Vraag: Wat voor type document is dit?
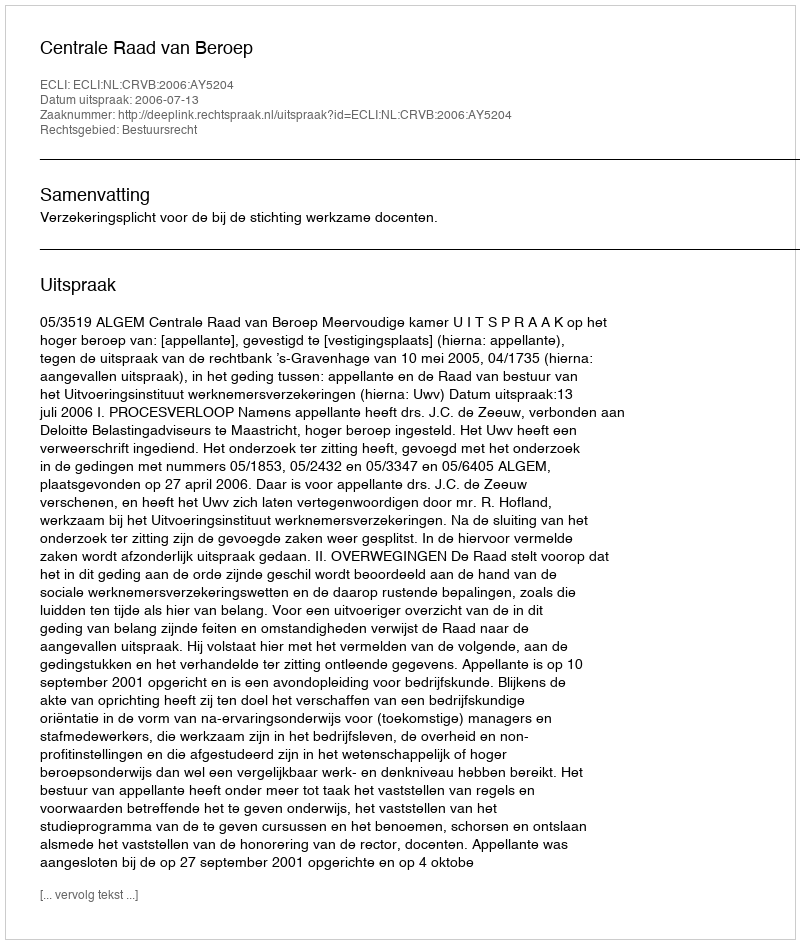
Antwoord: Uitspraak